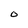
Character: O